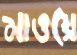
মাওয়ে